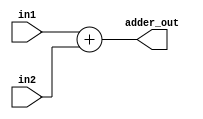
/*
Simple adder module.

inputs:
  - in1: argument1 to be added
  - in2: argument2 to be added

output:
  - adder_out: in1 + in2
*/

module adder(
  input wire [31:0] in1,
  input wire [31:0] in2,
  output reg [31:0] adder_out);

  initial begin
    adder_out <= 0;
  end

  always @(in1)
    begin
      adder_out <= in1 + in2;
    end
endmodule